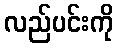
လည်ပင်းကို